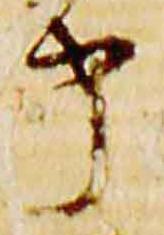
申